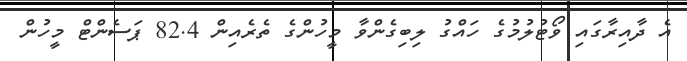
އެ ދާއިރާގައި ވޯޓުލުމުގެ ހައްގު ލިބިގެންވާ މީހުންގެ ތެރެއިން 82.4 ޕަސެންޓް މީހުން